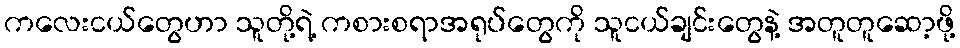
ကလေးငယ်တွေဟာ သူတို့ရဲ့ ကစားစရာအရုပ်တွေကို သူငယ်ချင်းတွေနဲ့ အတူတူဆော့ဖို့